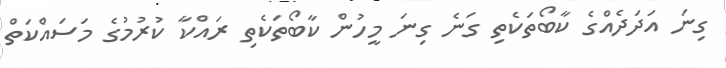
ގިނަ އަދަދެއްގެ ކާބޯތަކެތި ގަނެ ގިނަ މީހުން ކާބޯތަކެތި ރައްކާ ކުރުމުގެ މަސައްކަތް